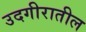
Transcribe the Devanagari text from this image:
उदगीरातील